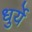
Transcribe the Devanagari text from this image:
धुर्ये